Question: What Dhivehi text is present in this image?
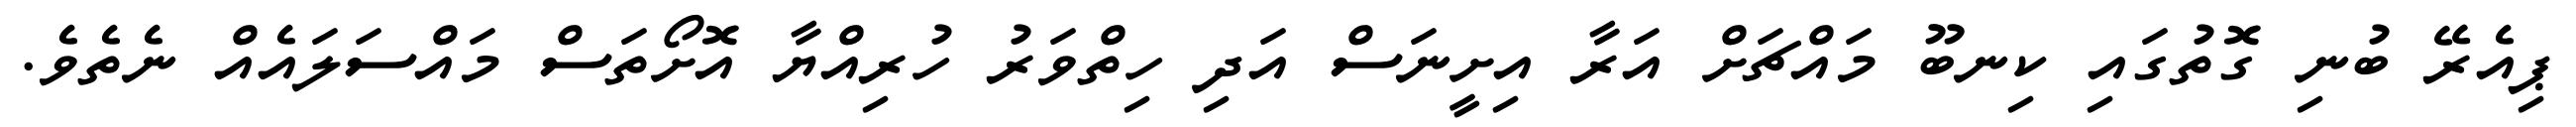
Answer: ޕިއެރޭ ބުނި ގޮތުގައި ކިނބޫ މައްޗަށް އަރާ އިށީނަސް އަދި ހިތްވަރު ހުރިއްޔާ އޮށޯތަސް މައްސަލައެއް ނެތެވެ.